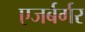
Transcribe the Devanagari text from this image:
एजर्बर्गर